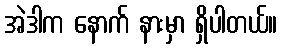
အဲဒါက နောက် နားမှာ ရှိပါတယ်။